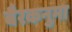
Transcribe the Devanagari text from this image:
बैरकनुमा